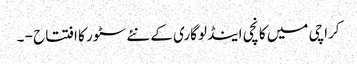
کراچی میں کانچی اینڈ لوگاری کے نئے سٹور کا افتتاح - ۔